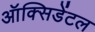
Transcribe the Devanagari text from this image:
ऑक्‍सिडेंटल